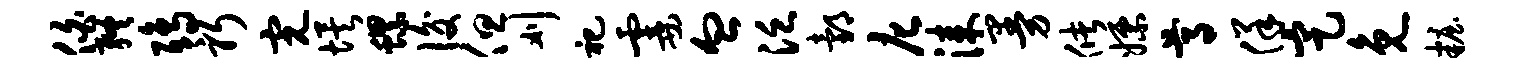
伯终鸱躬完埃螺后但刈祀霎血泛邰庀漆曼储嫖尊佯定免妆